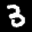
Label: 3